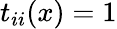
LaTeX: t_{ii}(x)=1